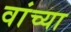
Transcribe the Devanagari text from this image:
वांच्या